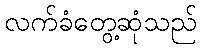
လက်ခံတွေ့ဆုံသည်